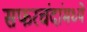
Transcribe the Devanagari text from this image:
सफरचंदांमध्ये